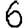
Digit: 6